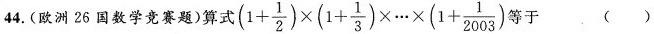
44.(欧洲26国数学竞赛题)算式$$( 1 + \frac { 1 } { 2 } ) \times ( 1 + \frac { 1 } { 3 } )